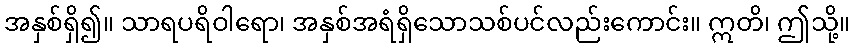
အနှစ်ရှိ၍။ သာရပရိဝါရော၊ အနှစ်အရံရှိသောသစ်ပင်လည်းကောင်း။ ဣတိ၊ ဤသို့။